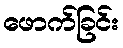
ဖောက်ခြင်း